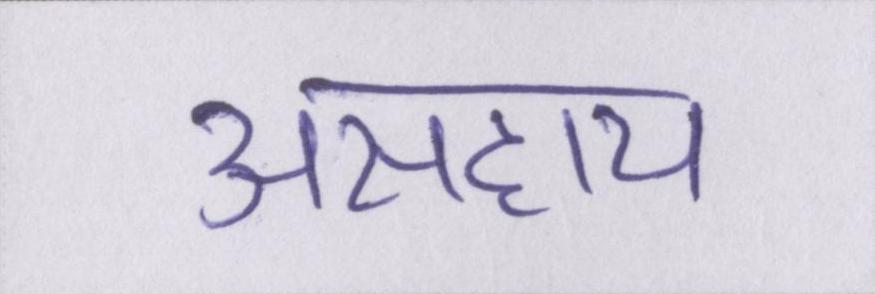
असहाय